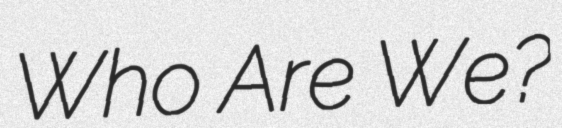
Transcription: Who Are We?